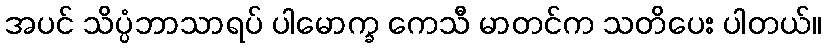
အပင် သိပ္ပံဘာသာရပ် ပါမောက္ခ ကေသီ မာတင်က သတိပေး ပါတယ်။